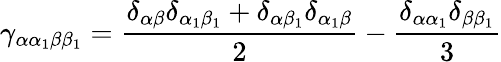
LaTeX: \gamma_{\alpha\alpha_{1}\beta\beta_{1}}=\frac{\delta_{\alpha\beta}\delta_{\alpha_{1}\beta_{1}}+\delta_{\alpha\beta_{1}}\delta_{\alpha_{1}\beta}}{2}-\frac{\delta_{\alpha\alpha_{1}}\delta_{\beta\beta_{1}}}{3}